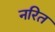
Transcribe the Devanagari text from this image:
नरित